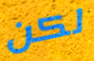
لكن